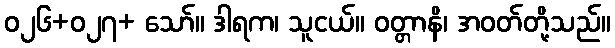
ဝ၂၆+ဝ၂၇+ သော်။ ဒါရက၊ သူငယ်။ ဝတ္တာနိ၊ အဝတ်တို့သည်။